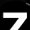
Digit: 7